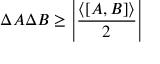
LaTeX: \Delta A \Delta B \geq \left| { \frac { \langle [ A , B ] \rangle } { 2 } } \right|